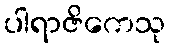
ပါရာဇိကေသု